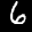
Label: 6